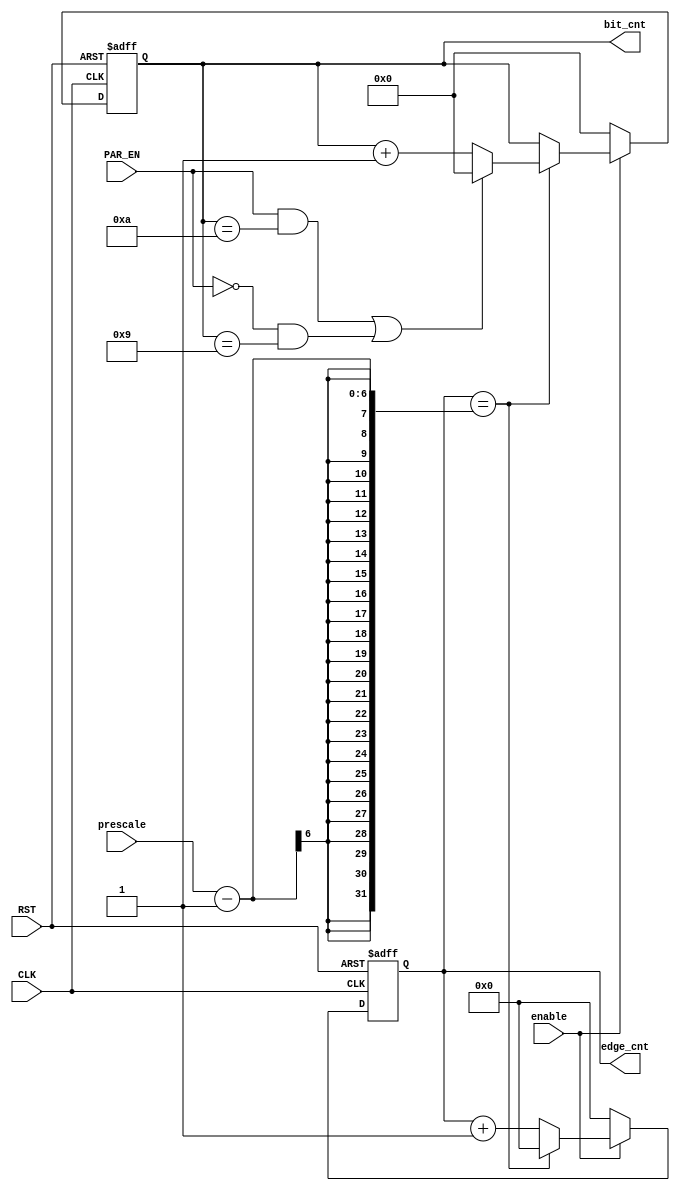
    module edge_bit_counter
  (
  input wire CLK,
  input wire RST,
  input wire enable,
  input wire PAR_EN,
  input wire [5:0] prescale,
  output reg [3:0] bit_cnt,
  output reg [5:0] edge_cnt
  );
  always@(posedge CLK or negedge RST)
  begin
    if(!RST)
      begin
        bit_cnt <= 'b0;
        edge_cnt <= 'b0;
      end
    else if (!enable)
      begin
        bit_cnt <= 'b0;
        edge_cnt <= 'b0;
      end 
    else if (enable)
      begin
        edge_cnt <= edge_cnt + 1'b1;
        if(edge_cnt == (prescale-1))
           begin
             bit_cnt <= bit_cnt +1;
             edge_cnt <= 'b0;
            if((PAR_EN && bit_cnt == 10) || (!PAR_EN && bit_cnt==9))
            begin
             bit_cnt <= 'b0;
            end 
          end
        end
      end
endmodule